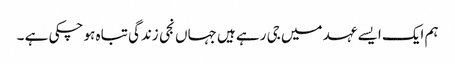
ہم ایک ایسے عہد میں جی رہے ہیں جہاں نجی زندگی تباہ ہو چکی ہے ۔